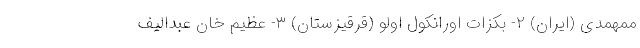
مُمهمدی (ایران) ۲- بکزات اورانکول اولو (قرقیزستان) ۳- عظیم خان عبدالیف